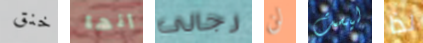
خنق إنها رجالى لن ليست لذا